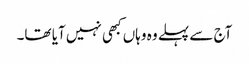
آج سے پہلے وہ وہاں کبھی نہیں آیا تھا۔